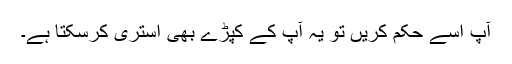
آپ اسے حکم کریں تو یہ آپ کے کپڑے بھی استری کرسکتا ہے۔